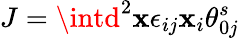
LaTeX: J=\intd^{2}\mathbf{x}\epsilon_{ij}\mathbf{x}_{i}\theta_{0j}^{s}